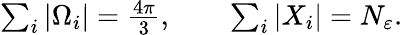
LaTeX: \begin{array}{r}{\sum_{i}|\Omega_{i}|=\frac{4\pi}{3},\qquad\sum_{i}|X_{i}|=N_{\varepsilon}.}\end{array}